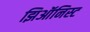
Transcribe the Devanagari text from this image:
झिऑनिस्ट